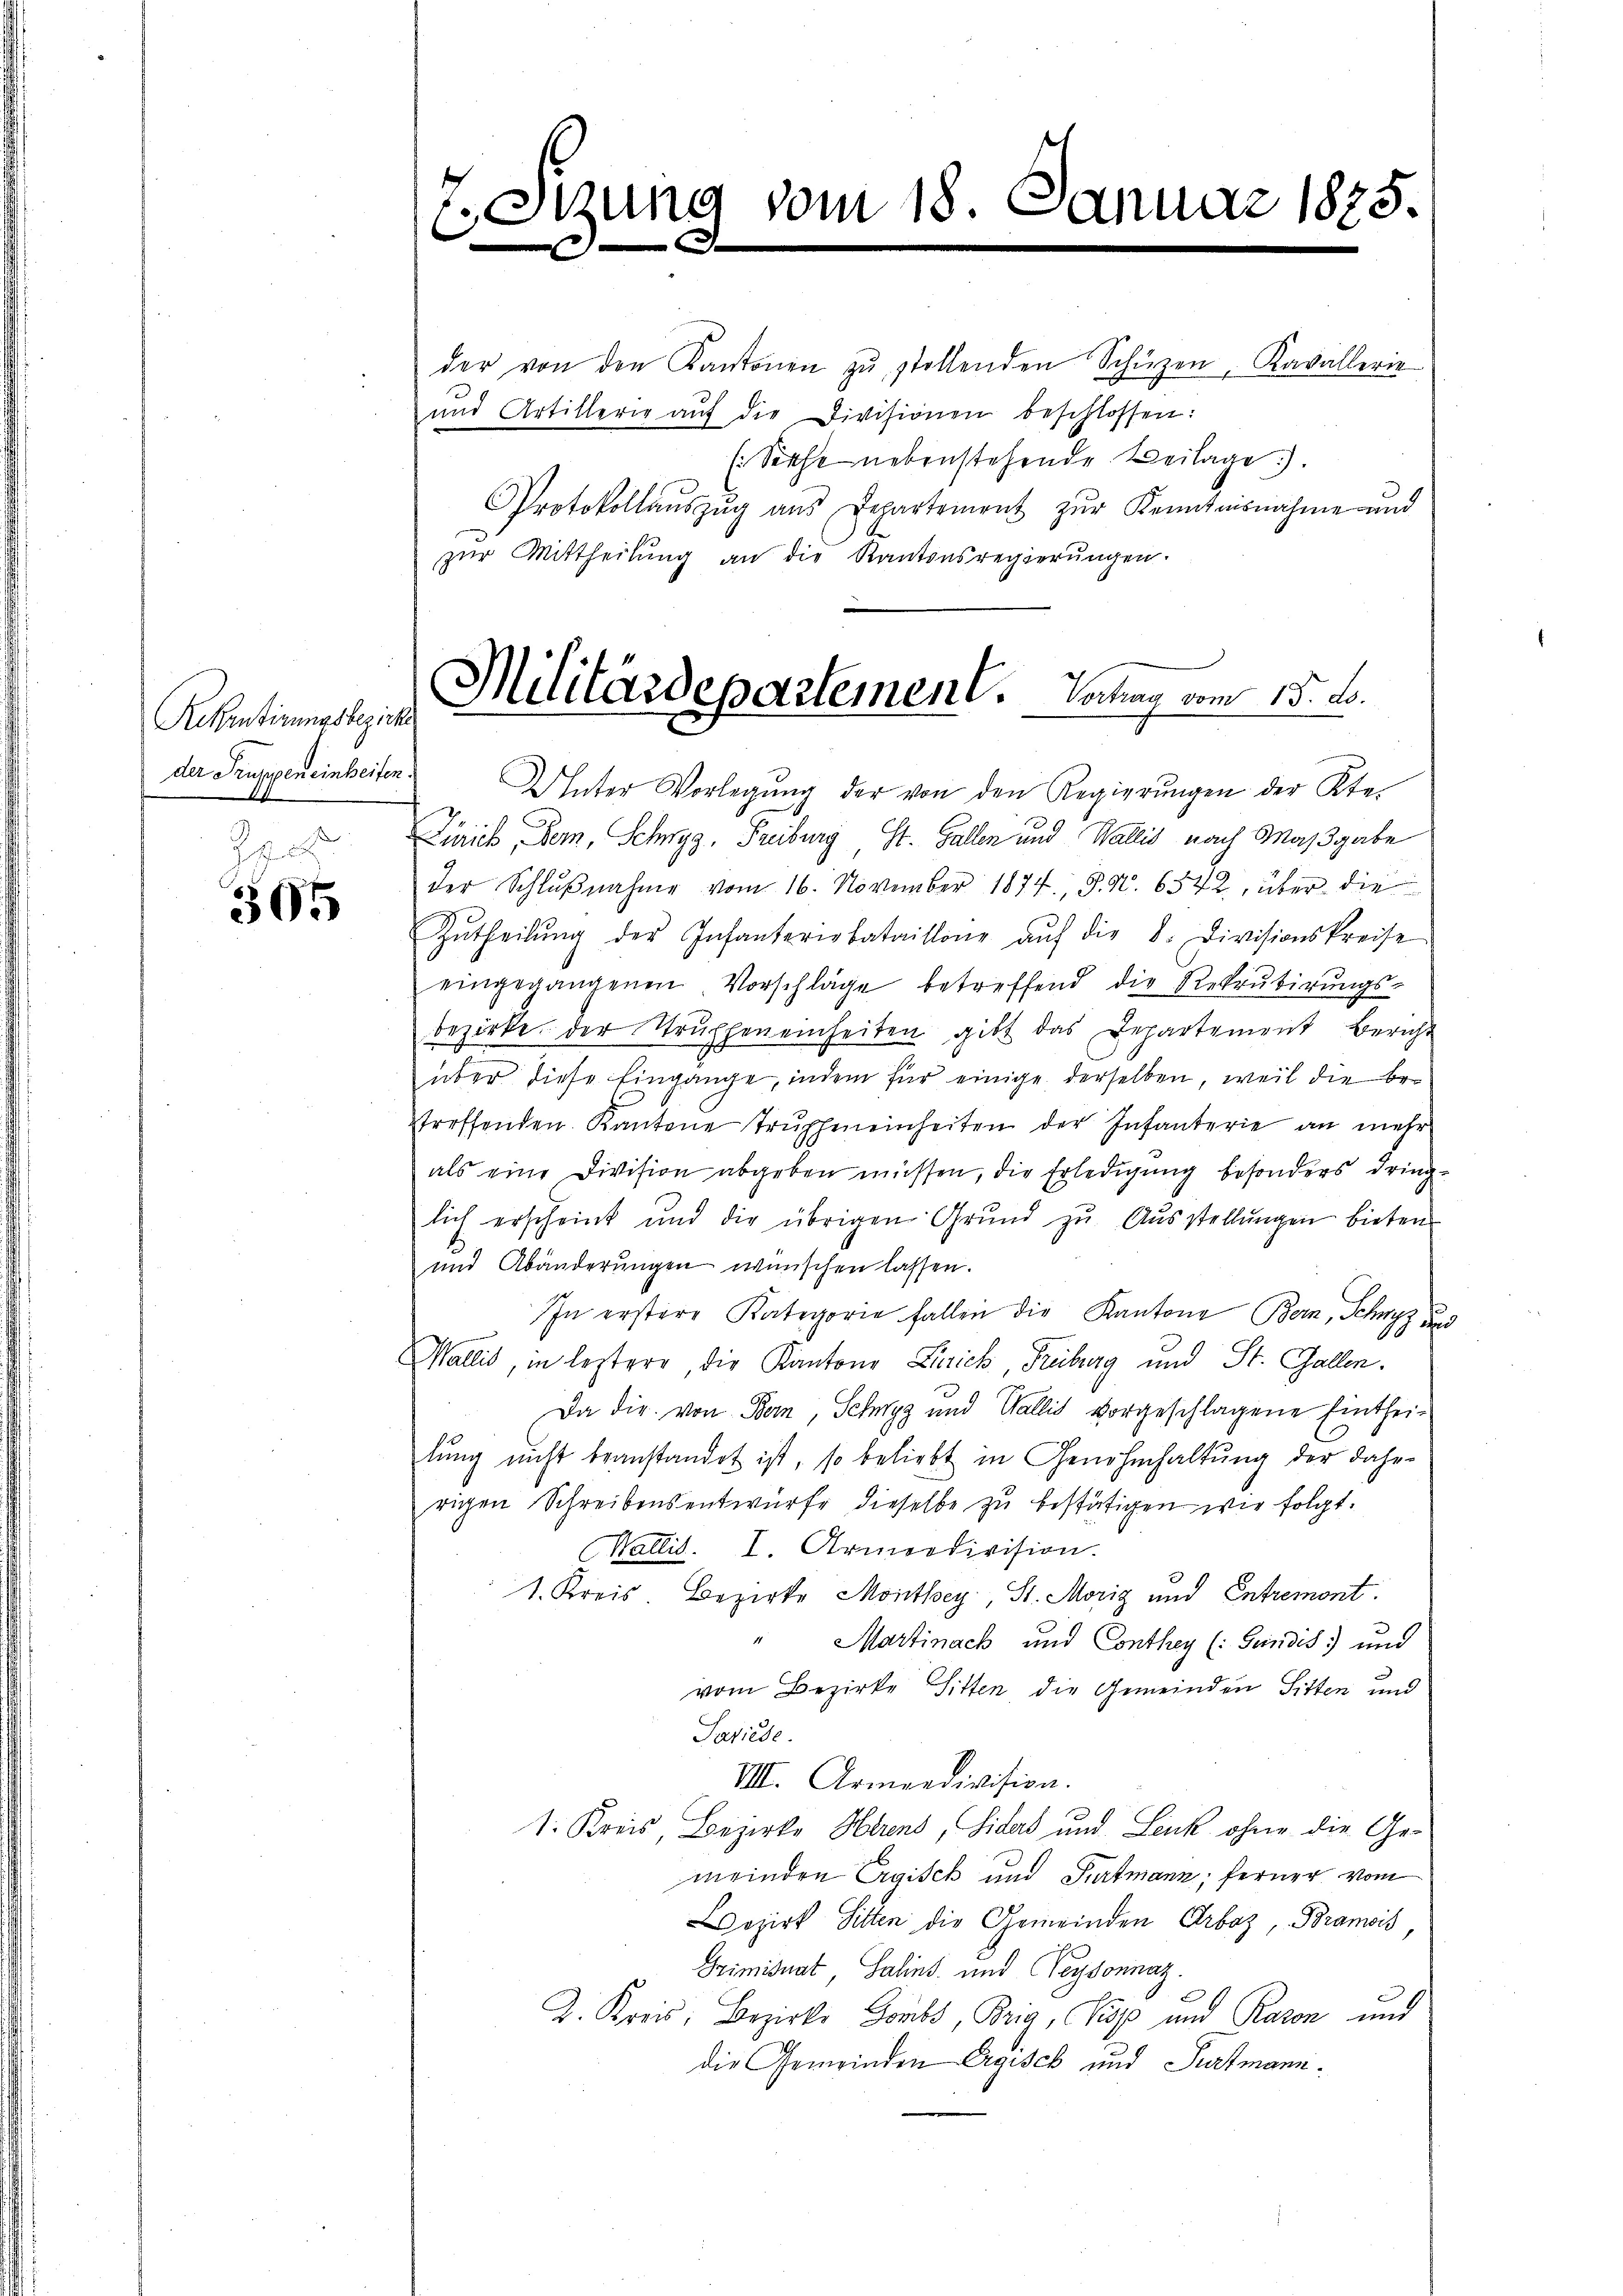
Rekrutirungsbezirke
der Truppen einheiten

305

Eetzung vom 18. Januar 1875.
.

der von den Kantonen zŭ stellenden Schürzen, Kavallerie
und Artillerie aŭf die Divisionen beschlossen:
(Siehe nebenstehende Beilage).
Protokollaŭszŭg ans Departement zŭr Kenntnisnahme und
zur Mittheilung an die Kantonsregierungen.

Militärdepartement. Sontag vom 15. d.

Unter Vorlegŭng der von den Regierŭngen der Kte-
4
Zürich, Bern, Schwyz, Freiburg, St. Gallen und Wallis nach Maßgabe
der Schlŭβnahme vom 16. November 1874, P. Nr. 6542, über die
Zŭtheilŭng der Infanteriebataillone aŭf die 8. Divisionskreise
eingegangenen Vorschläge betreffend die Rekrutirungs-
bezirke der Struppeneinheiten gibt das Departement Zürich
über diese Eingange, indem für einige derselben, weil die bestreffenden. Kantone Trŭphmneinheiten der Infanterie an mehr
als eine Division abgeben müssen, die Erledigung besonders dringlich erscheint und die übrigen Grŭnd zŭ Aŭsstellŭngen bieten
und Abänderungen wünschen lassen.
In erstere Kategorie fallen die Kantone Bern, Schwyz und
Wallis, in leztere die Kantons Zürich Freiburg und St. Gallen.
Da die von Bern, Schwyz und Wallis vorgeschlagene Eintheilŭng nicht beanstandet ist, so beliebt in Genehmhaltŭng der dahe
rigen Schreibensentwürfe dieselbe zu bestätigen wir folgt.
Wallis. I. Armerdivision.
1. Kreis. Bezirke Monthey, St. Moriz und Entremont.
Martinach und Conthey (: Feindes) und
vom Bezirke Sitten die Gemeinden Sitten und
Sariede
VIII. Armendivision.
1. Kreis Bezirke Herend, Sides und Leuk ohne die Gemeinden Ergisch und Purtmann, ferner vom
ozirt Sitten die Gemeinden Arboz, Bramois
Grimisuat, Salins und Weydonnaz.
Z. Kreis, Bezirks Goubs Brig, Kopp und Raron und
die Gemeinden Ergisch und Pratmann¬